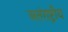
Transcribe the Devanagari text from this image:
अतंराष्ट्रीय